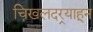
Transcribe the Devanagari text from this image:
चिखलदर्‍याहून